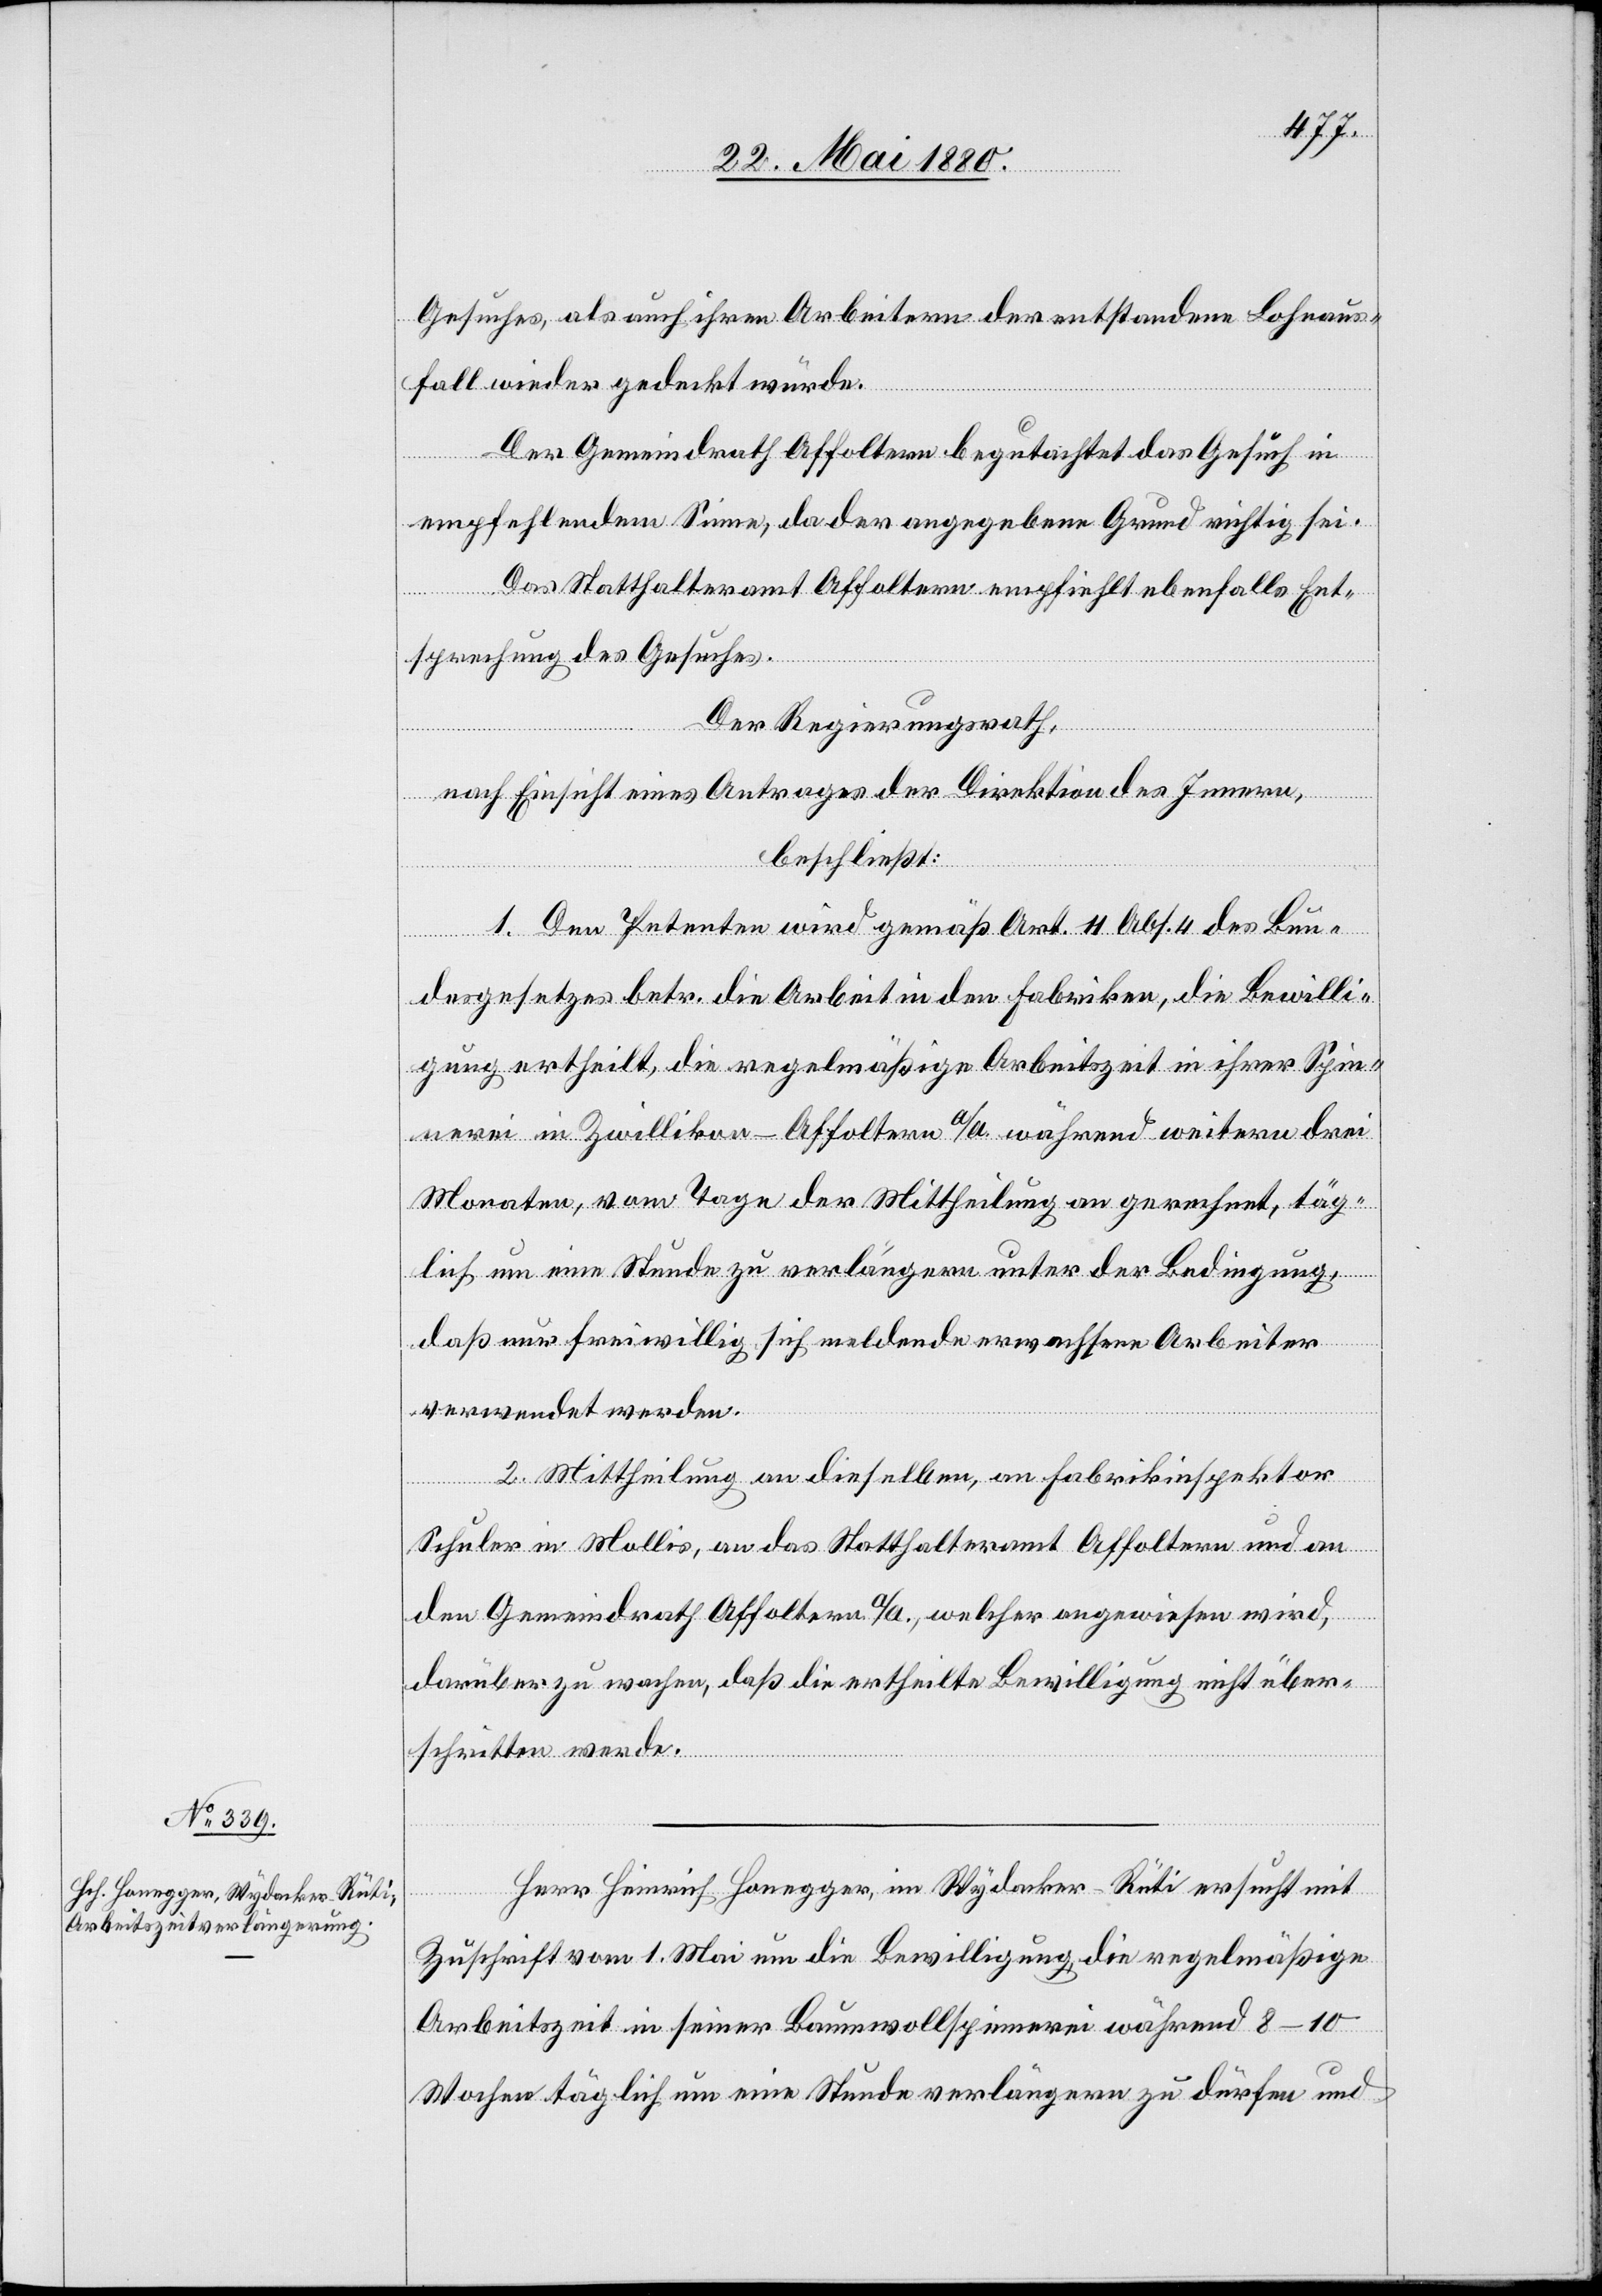
Gesuches, als auch ihren Arbeitern der entstandene Lohnaus¬
fall wieder gedeckt würde.
Der Gemeindrath Affoltern begutachtet das Gesuch in
empfehlendem Sinne, da der angegebene Grund richtig sei.
Das Statthalteramt Affoltern empfiehlt ebenfalls Ent¬
sprechung des Gesuches.
Der Regierungsrath,
nach Einsicht eines Antrages der Direktion des Innern,
beschließt:
1. Den Petenten wird gemäß Art. 11 Abs. 4 des Bun¬
desgesetzes betr. die Arbeit in den Fabriken, die Bewilli¬
gung ertheilt, die regelmäßige Arbeitszeit in ihrer Spin¬
nerei in Zwillikon - Affoltern a/A. während weitern drei
Monaten, vom Tage der Mittheilung an gerechnet, täg¬
lich um eine Stunde zu verlängern unter der Bedingung,
daß nur freiwillig sich meldende erwachsene Arbeiter
verwendet werden.
2. Mittheilung an dieselben, an Fabrikinspektor
Schuler in Mollis, an das Statthalteramt Affoltern und an
den Gemeindrath Affoltern a/A., welcher angewiesen wird,
darüber zu wachen, daß die ertheilte Bewilligung nicht über¬
schritten werde.
Herr Heinrich Honegger, im Wydacker - Rüti ersucht mit
Zuschrift vom 1. Mai um die Bewilligung, die regelmäßige
Arbeitszeit in seiner Baumwollspinnerei während 8–10
Wochen täglich um eine Stunde verlängern zu dürfen und